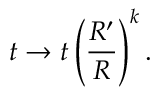
t \rightarrow t \left( \frac { R ^ { \prime } } { R } \right) ^ { k } .